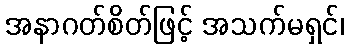
အနာဂတ်စိတ်ဖြင့် အသက်မရှင်၊